Vital statistics of India. Vol. VI, European troops 1870-79
Year: 1870
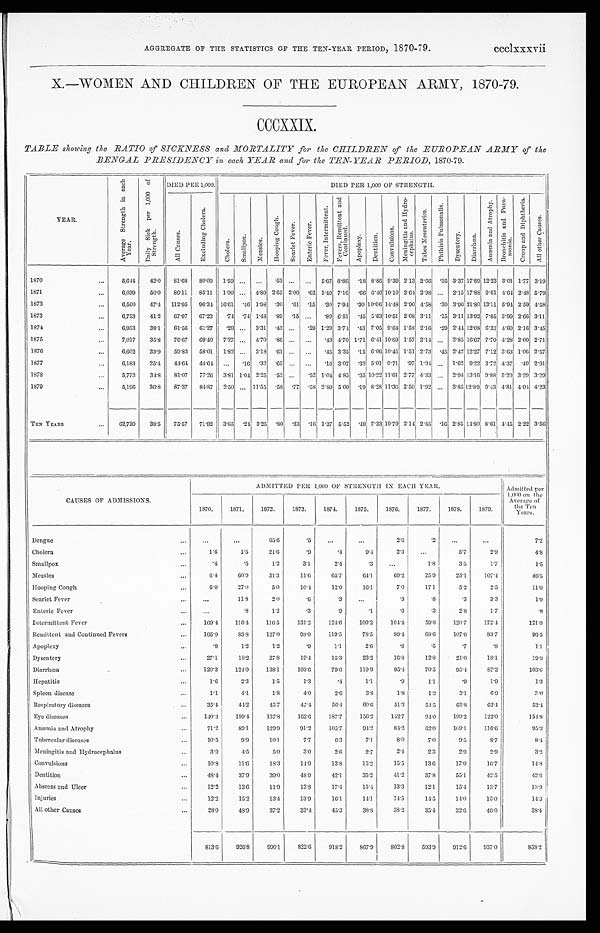
AGGREGATE OF THE STATISTICS OF THE TEN-YEAR PERIOD, 1870-79. ccclxxxvii
X.—WOMEN AND CHILDREN OF THE EUROPEAN ARMY, 1870-79.
CCCXXIX.
TABLE showing the RATIO of SICKNESS and MORTALITY for the CHILDREN of the EUROPEAN ARMY of the
BENGAL PRESIDENCY in each YEAR and for the TEN-YEAR PERIOD, 1870-79.
YEAR.
A v e r a g e S t r e n g t h i n e a c h
Y e a r . D a i l y S i c k p e r 1 , 0 0 0 o f
S t r e n g t h . DIED PER 1,000.
DIED PER 1,000 OF STRENGTH.
A l l C a u s e s .
E x c l u d i n g C h o l e r a .
C h o l e r a .
S m a l l p o x .
M e a s l e s .
H o o p i n g C o u g h .
S c a r l e t F e v e r . E n t e r i c F e v e r .
F e v e r , I n t e r m i t t e n t .
F e v e r s , R e m i t t e n t a n d
Co n t i n u e d .
A p o p l e x y .
D e n t i t i o n .
C o n v u l s i o n s .
M e n i n g i t i s a n d H y d r o -
c e p h a l u s .
T a b e s M e s e n t e r i c a .
P h t h i s i s P u l m n a l i s . D y s e n t e r y .
D i a r r h œ a .
A n æ m i a a n d A t r o p h y . B r o n c h i t i s a n d P n e u -
m o n i a .
C r o u p a n d D i p h t h e r i a .
A l l o t h e r C a u s e s .
1870
...
5,644 42.0 81.68 80.09 1.59 ... ...
. 53 ... ... 5.67 8.86 . 18 8.86 9.39 2.13 2.66 .35 3.37 17.89 12.23 3.01 1.77 3.19
1871
...
6,039 50.0 86.11 85.11 1.00 ... 4.80 2.65 2.00 . 6 2 1.49 7.16 . 66 6.46 10.10 3.64 2.98 ... 2.15 17.88 9.61 4.64 2.48 5.79
1872
...
6,560 47.4 112.95 96.34 16.61 . 46 1.98 . 30 .61 . 15 . 30 7.94 . 30 10.06 14.48 2.90 4.58 .30 3.9621.80 13.11 5.94 2.59 4.58
1873
...
6,753 41.2 67.97 67.23 .74 . 74 1.48 . 89
. 1 5 ...
. 89 6.51 . 45 5.63 10.51 2.08 3.11
. 1 5 3.11 13.92 7.85 3.99 2.66 3.11
1874
.. .
6,953 38.1 61.56 61.27 .29 ... 3.31 . 43 ...
. 29 1.29 3.74 . 43 7.05 9.64 1.58 2.16 .29 2.4412.08 6.33 4.60 2.16 3.45
1875
...
7,017 35.8 76.67
69. 40 7.27 ... 4.70 . 86 ... ...
. 43 4.70 1.71 6.41 10.69 1.57 2.14 ... 2.85 16.67 7.70 4.28 2.00 2.71
1876
...
6,602 33.9 59.83 58.01 1.82 ... 3.18 . 6 1 ... ...
. 45 3.35 . 15 6.06 10.45 1.51 2.73 .45 2.42 12.27 7.12 3.63 1.06 2.57
1877
...
6,183 25.4 44.64
44. 64 ...
. 16 .32 . 65 ... ...
. 16 3.07 . 32 5.01 9.71 .97 1.94 ... 1.62 9.22 3.72 4.37 .49 2.91
1878
...
5,773 34.8 81.07 77.26 3.81 1.04 2.25 . 52 ...
. 5 2 1.04 4.85 . 35 10.22 11.61 2.77 4.33 ... 2.9413.16 9.88 5.20 3.29 3.29
1879
...
5,196 36.8 87.37 84.87 2.50 ... 11.55 . 58 .77 . 5 8 2.89 5.00 . 19 8.28 11.36 2.50 1.92 ... 3.8512.89 9.43 4.81 4.04 4.23
TEN YEARS
... 62,720 38.5 75.57 71.92 3.65 . 24 3.25 . 8 0 .33 . 1 6 1.37 5.52 . 49 7.33 10.79 2.14 2.85 .16 2.85 14.80 8.61 4.45 2.22 3.56
CAUSES OF ADMISSIONS.
ADMITTED PER 1,000 OF STRENGTH IN EACH YEAR.
Admitted per
1,000 on the
Average of
the Ten
Years.
1870.
1871.
1872.
1873.
1874.
1875.
1876.
1877.
1878.
1879.
Dengue
...
...
...
65.6
.5
...
...
2 . 6
.2
. . . ...
7.2
Cholera
. . .
1.6
1.5
21.6
.9
. 4
9 . 4
2.3 ...
5.7
2.9
4.8
Smallpox
. . .
. 4
.5
1.2
3.1
2.4
.3
...
1.8
3.5
1.7
1.5
Measles
. . .
6.4
60.9
31.3
11.6
65.7
64.1
69. 2
25.9
25.1
107.4
46.5
Hooping Cough
...
6.0
27.0
5.0
10.4
12.0
16. 1
7 . 0
17.1
5.2
2.5
11.0
Scarlet Fever
...
...
11.8
2.0
.6
. 3
...
.3
.8
.3
3.3
1.9
Enteric Fever
...
...
. 8
1.2
.3
.9
.1
.6
.3
2.8
1.7
.8
Intermittent Fever
...
169.4 116.4 116.5
131.2
124.6
109. 2
104. 4
59.8
120.7
172.4
121.0
Remittent and Continued Fevers
...
105.9
83.8 127.0
98.0
119.5
78. 5
89. 4
68.6
107.6
83.7
96.5
Apoplexy
...
.9
1.2
1.2
.9
1. 1
2 . 6
.8
.5
.7
. 8
1. 1
Dysentery
...
27.1
18.2
27.8
19.4
15.3
23. 2
16. 8
12.8
21.0
18.1
19.9
Diarrhœa
...
120.3 124.0 138.1
103.6
7 9 . 6
119. 9
95. 4
70.5
95.4
87.2
103.6
Hepatitis
...
1.6
2.3
1.5
1.3
. 4
1 . 1
. 9
1.1
.9
1.9
1.3
Spleen disease
...
1.1
4.1
1.8
4.0
2.6
3 . 8
1 . 8
1.3
3.1
6.9
3.0
Respiratory diseases
. . . 35.4
44.2
45.7
47.4
56.4
60. 6
51. 3
54.5
65.8
62.4
52.4
Eye diseases
...
140.3 199.4 137.8 162.6
187.7
156. 2
142. 7
94.0
199.2
122.0
154.8
Anæmia and Atrophy
...
71.2
89.1
129.9
91.2
105.7
94. 2
84. 2
62.0
169.1
116.6
95.3
Tubercular diseases
...
10.5
9.9
10.1
7.7
6.3
7 . 1
8 . 0
7.0
9.5
8.7
8 . 4
Meningitis and Hydrocephalus
...
3.9
4.5
5.0
3.0
2.6
2 . 7
2 . 4
2.3
2.9
2.9
3.2
Convulsions
...
10.8
11.6
18.3
14.9
13.8
15. 2
15. 5
13.6
17.0
16.7
14.8
Dentition
...
48.4
37.9
39.0
48.9
42.1
35. 2
41. 2
37.8
55.1
42.5
42.6
Abscess and Ulcer
...
12.2
13.6
11.9
13.8
17.4
15. 4
13. 3
12.1
15.4
13.7
13.9
Injuries
...
12.2
15.2
13.4
13.9
16.1
1 4 . 1
14. 5
14.5
14.0
15.0
14.3
All other Causes
...
28.0
48.9
37.2
33.4
45.3
38. 8
38. 2
35.4
32.6
46.0
38.4
813.6
926.8 990.1 822.6
918.2
867. 9
802. 8
593.9 912.6
937.0
858.2